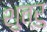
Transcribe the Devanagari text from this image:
शुत्रु